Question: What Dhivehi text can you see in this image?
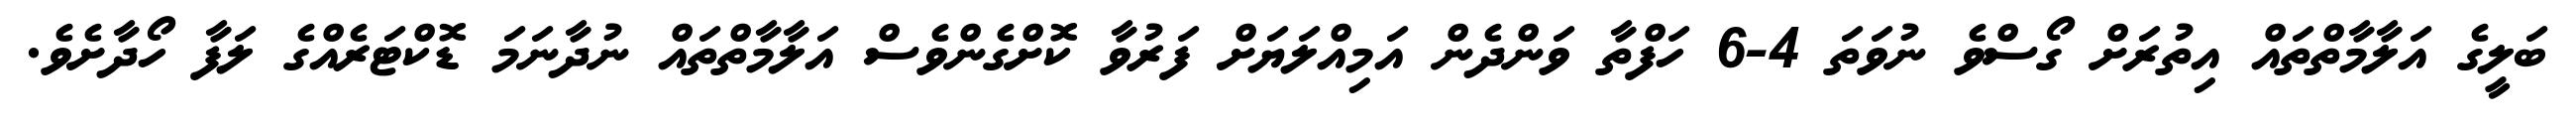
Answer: ބަލީގެ އަލާމާތްތައް އިތުރަށް ގޯސްވެ ނުވަތަ 4-6 ހަފްތާ ވަންދެން އަމިއްލަޔަށް ފަރުވާ ކޮށްގެންވެސް އަލާމާތްތައް ނުދާނަމަ ޑޮކްޓަރެއްގެ ލަފާ ހޯދާށެވެ.